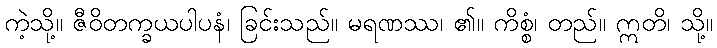
ကဲ့သို့။ ဇီဝိတက္ခယပါပနံ၊ ခြင်းသည်။ မရဏဿ၊ ၏။ ကိစ္စံ၊ တည်။ ဣတိ၊ သို့။